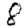
Digit: 8